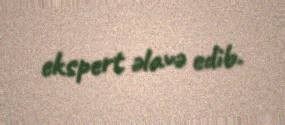
ekspert əlavə edib.